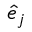
\hat { e } _ { j }